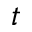
t